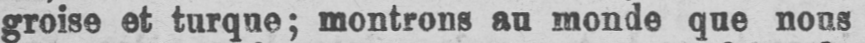
groise et turque; montrons au monde que nous